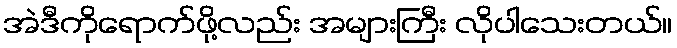
အဲဒီကိုရောက်ဖို့လည်း အများကြီး လိုပါသေးတယ်။